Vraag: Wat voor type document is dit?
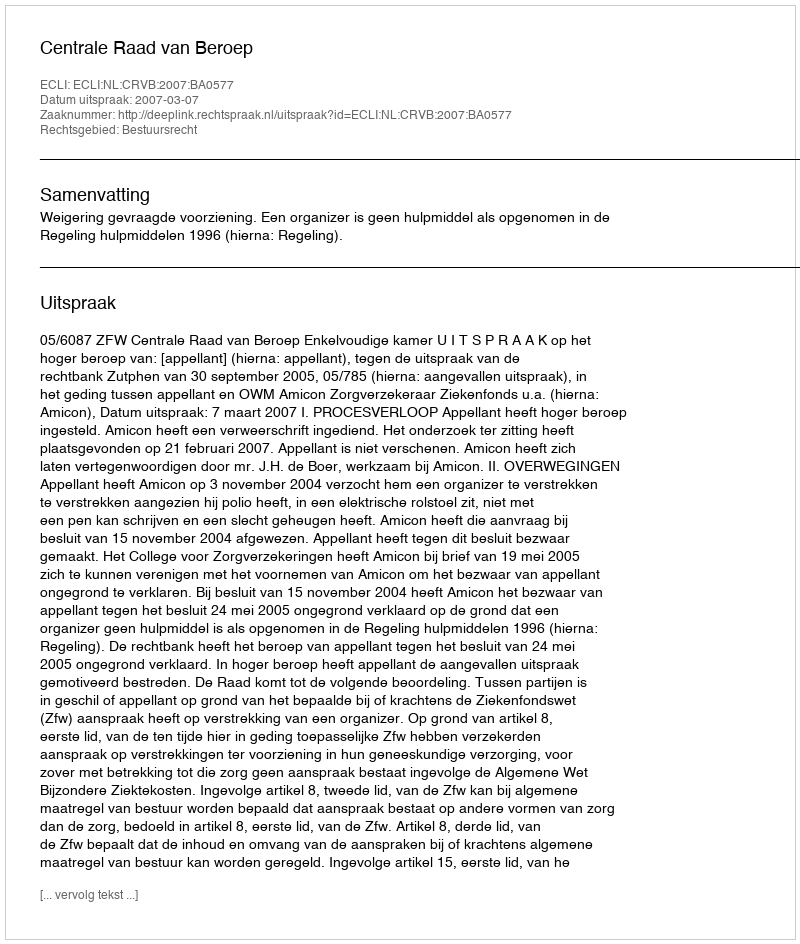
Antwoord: Uitspraak